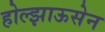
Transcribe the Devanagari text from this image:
होल्झाऊसेन